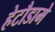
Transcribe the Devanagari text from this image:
हेटौडामे